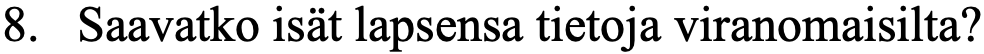
8. Saavatko isät lapsensa tietoja viranomaisilta?